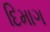
દિમાગ